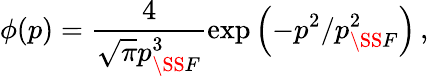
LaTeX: \phi(p)=\frac{4}{\sqrt{\pi}p_{\SS F}^{3}}\exp\left(-p^{2}/p_{\SS F}^{2}\right)\, ,